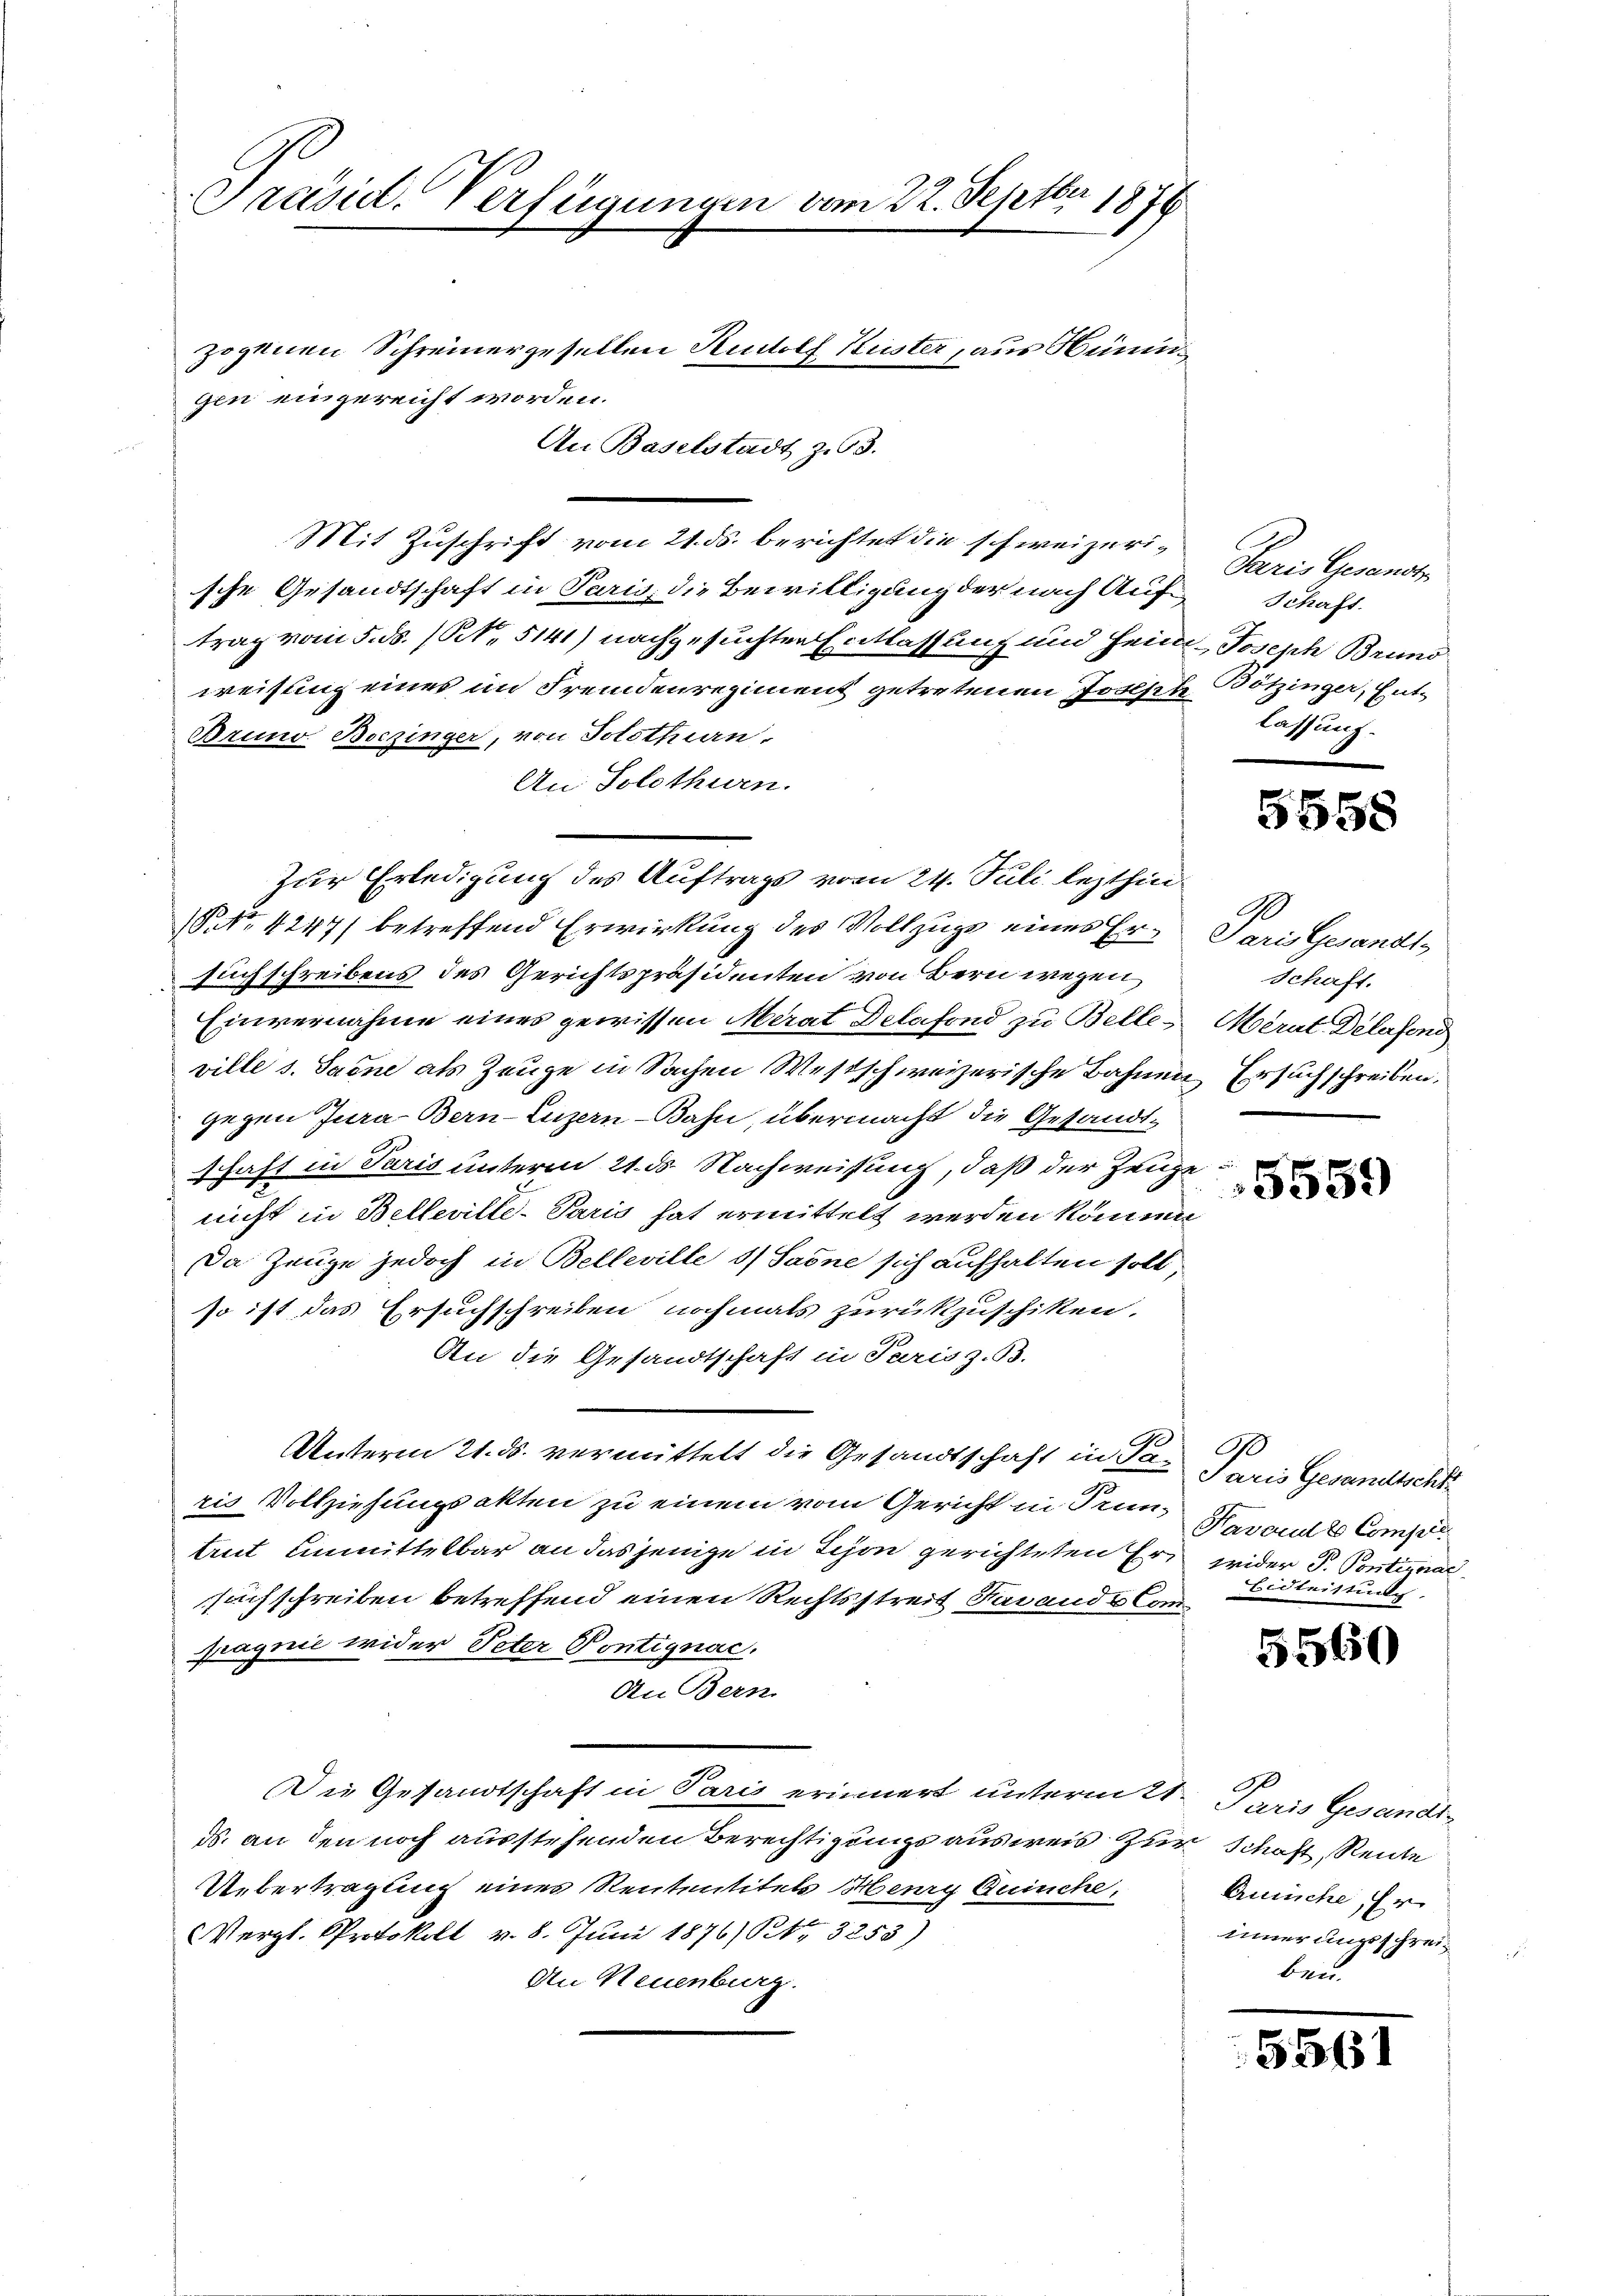
Präsid. Verfügungen vom 22. Septbr 1876
zogenen Schreinergesellen Rudolf Küster, aus Hüningen eingereicht worden.
An Baselstadt zu 3.

Mit Zuschrift vom 21. ds. berichtet die schweizerische Gesandtschaft in Paris, die Bewilligung der nach Auftrag vom 5. ds. (Art. 5141) nachgesuchten Entlassung und Heim, Joseph Brund
weisung eines im Fremdenregiment getretenen Joseph Bötzinger, Ent¬
Bruno Boczinger, von Solothurn,
An Solothurn.
§ No 4247) betreffend Erwirkung des Vollzugs eines Er¬
Euch schreibens des Gerichtspräsidenten von Bern wegen
Einvernahme eines gewissen Merat Delafond zu Belleville s. Sarne als Zeuge in Sachen Westschweizerische Bahnen Ersuch schreiben.
gegen Jura Bern-Luzern Bahn, übermacht die Gesandtschaft in Paris unterm 21. ds. Nachweisung, daß der Zeuge
nicht in Belleville-Paris hat ermittelt werden können
Da Zeuge jedoch in Belleville 1/ Saone sich aufhalten soll,
so ist das Ersuchschreiben nochmals zurükzuschiken.
An die Gesandtschaft in Paris z. B.
Unterm 21. ds. vermittelt die Gesandtschaft in Saris Vollziehungsakten zu einem vom Gericht in Trun¬
Aut unmittelbar an dasjenige in Schön gerichteten Ersuchschreiben betreffend einen Rechtsstreit darande Compagnie wider Peter Pontignac.
An Bern.
Die Gesandtschaft in Paris erinnert untermitt. Paris Gesandtds. an den noch ausstehenden Berechtigungs ausweis zur Schaft Rente
UUebertragung eines Rententitels Henry Buche,
Vergl. Protokoll v. 8. Juni 1876/ Nr. 3253)
An Neuenburg.

Zur Erledigung des Auftrags vom 24. Juli lezthin¬

Paris Gesandt
Schaft.
lassung.

5558

90
Paris Gesandt
Schaft.
Mérat Delesend

5559

B
Paris Gesandtschl
Favant Compet
weider P. Pontirnac
Bidleistung

5560

Buche, Er
heiner Ausschreiben.

5561